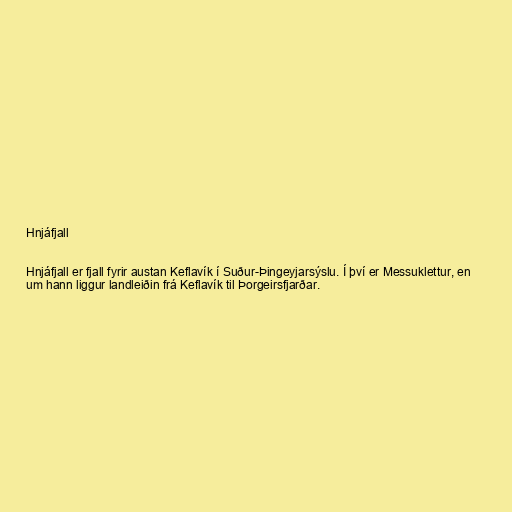
Hnjáfjall

Hnjáfjall er fjall fyrir austan Keflavík í Suður-Þingeyjarsýslu. Í því er Messuklettur, en
um hann liggur landleiðin frá Keflavík til Þorgeirsfjarðar.